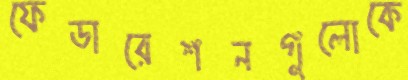
ফেডারেশনগুলোকে